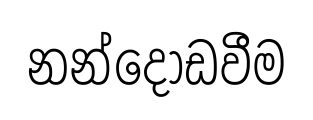
නන්දොඩවීම